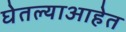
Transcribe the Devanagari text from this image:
घेतल्याआहेत